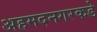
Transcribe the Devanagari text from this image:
अहमदनगरकडे